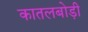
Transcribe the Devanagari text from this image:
कातलबोड़ी